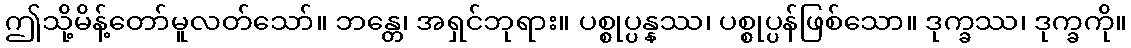
ဤသို့မိန့်တော်မူလတ်သော်။ ဘန္တေ၊ အရှင်ဘုရား။ ပစ္စုပ္ပန္နဿ၊ ပစ္စုပ္ပန်ဖြစ်သော။ ဒုက္ခဿ၊ ဒုက္ခကို။